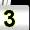
Digit: 3